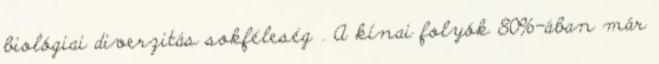
biológiai diverzitás sokféleség . A kínai folyók 80%-ában már